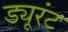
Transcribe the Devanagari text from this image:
ड्यूरंट